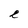
Character: e